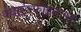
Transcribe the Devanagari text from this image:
क्वार्टरफाइनल्स